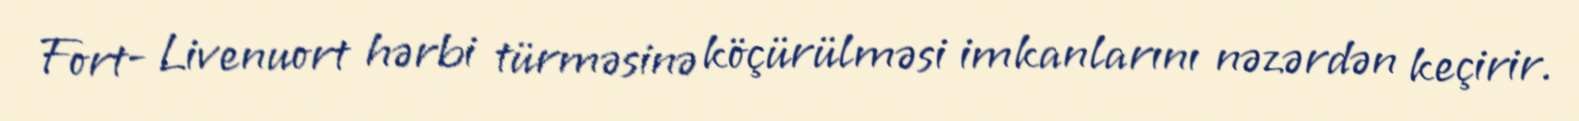
Fort- Livenuort hərbi türməsinə köçürülməsi imkanlarını nəzərdən keçirir.